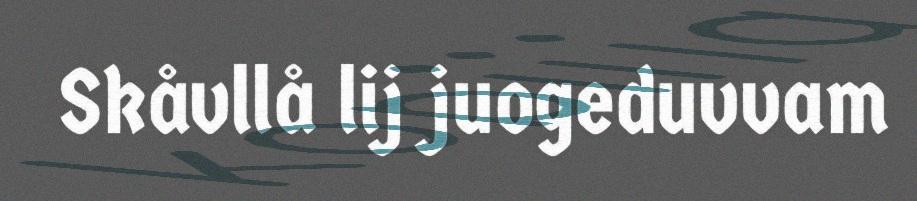
Skåvllå lij juogeduvvam